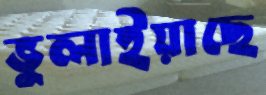
ভুলাইয়াছে